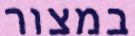
במצור